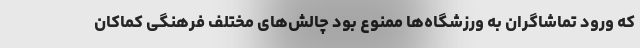
که ورود تماشاگران به ورزشگاه‌ها ممنوع بود چالش‌های مختلف فرهنگی کماکان